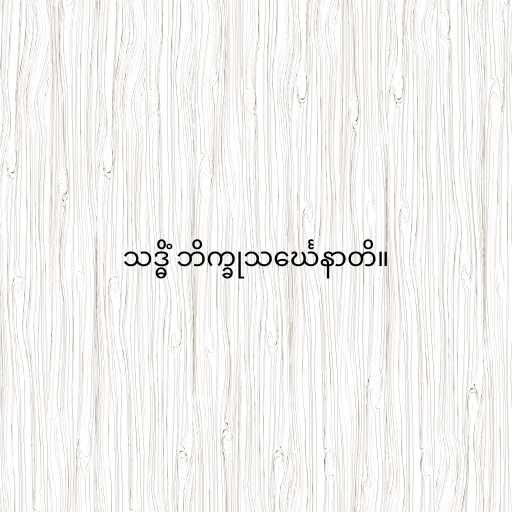
သဒ္ဓိံ ဘိက္ခုသင်္ဃေနာတိ။